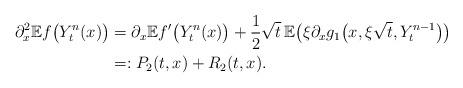
LaTeX: \begin{align*}\partial_x^2\mathbb{E}f\bigl(Y^n_t(x)\bigr)&=\partial_x\mathbb{E}f' \bigl(Y^{n}_{t}(x)\bigr)+\frac{1}{2}\sqrt{t}\,\mathbb{E} \bigl(\xi\partial_x g_1\bigl(x, \xi\sqrt t, Y^{n-1}_{t}\bigr)\bigr)\\&=:P_2(t,x)+R_2(t,x).\end{align*}